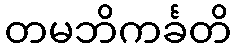
တမဘိကင်္ခတိ